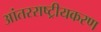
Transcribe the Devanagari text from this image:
आंतरराष्ट्रीयकरण